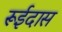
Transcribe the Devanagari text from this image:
रूईदास